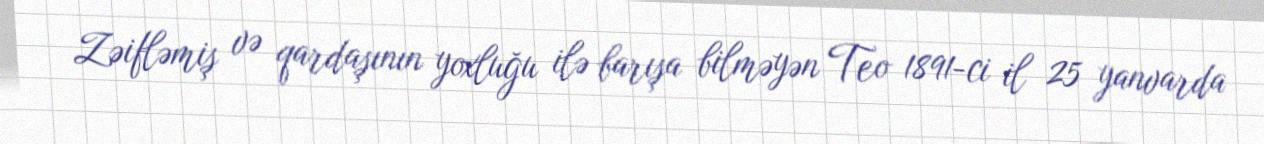
Zəifləmiş və qardaşının yoxluğu ilə barışa bilməyən Teo 1891-ci il 25 yanvarda